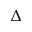
\Delta